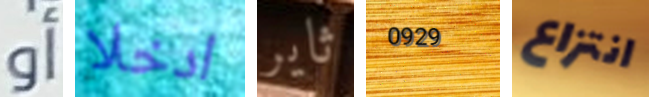
أو ادخلا ثاير 0929 انتزاع